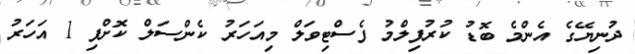
ދުނިޔޭގެ އެންމެ ބޮޑު ކުރުފިލްމު ފެސްޓިވަލް މިއަހަރު ކެންސަލް ކޮށްފި 1 އަހަރު